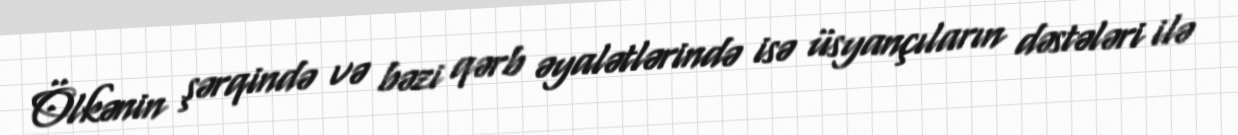
Ölkənin şərqində və bəzi qərb əyalətlərində isə üsyançıların dəstələri ilə